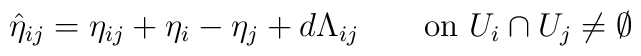
\hat{\eta}_{ij}=\eta_{ij}+\eta_i-\eta_j+d\Lambda_{ij}\qquad\mbox{on }U_i\cap{}U_j\neq\emptyset